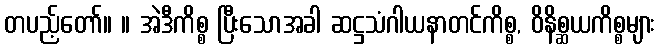
တပည့်တော်။ ။ အဲဒီကိစ္စ ပြီးသောအခါ ဆဋ္ဌသံဂါယနာတင်ကိစ္စ, ဝိနိစ္ဆယကိစ္စများ